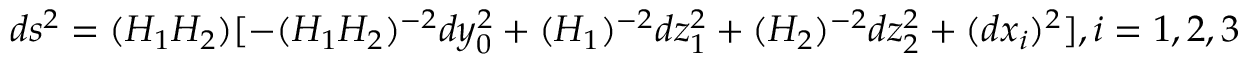
d s ^ { 2 } = ( H _ { 1 } H _ { 2 } ) [ - ( H _ { 1 } H _ { 2 } ) ^ { - 2 } d y _ { 0 } ^ { 2 } + ( H _ { 1 } ) ^ { - 2 } d z _ { 1 } ^ { 2 } + ( H _ { 2 } ) ^ { - 2 } d z _ { 2 } ^ { 2 } + ( d x _ { i } ) ^ { 2 } ] , i = 1 , 2 , 3